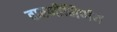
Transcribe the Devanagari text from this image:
तारणीनिर्णय